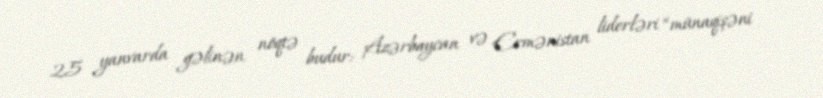
25 yanvarda gəlinən nöqtə budur: Azərbaycan və Ermənistan liderləri “münaqişəni